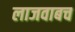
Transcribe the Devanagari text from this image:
लाजवाबच